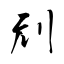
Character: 刓